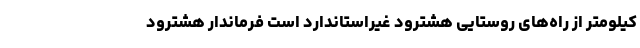
کیلومتر از راه‌های روستایی هشترود غیراستاندارد است فرماندار هشترود